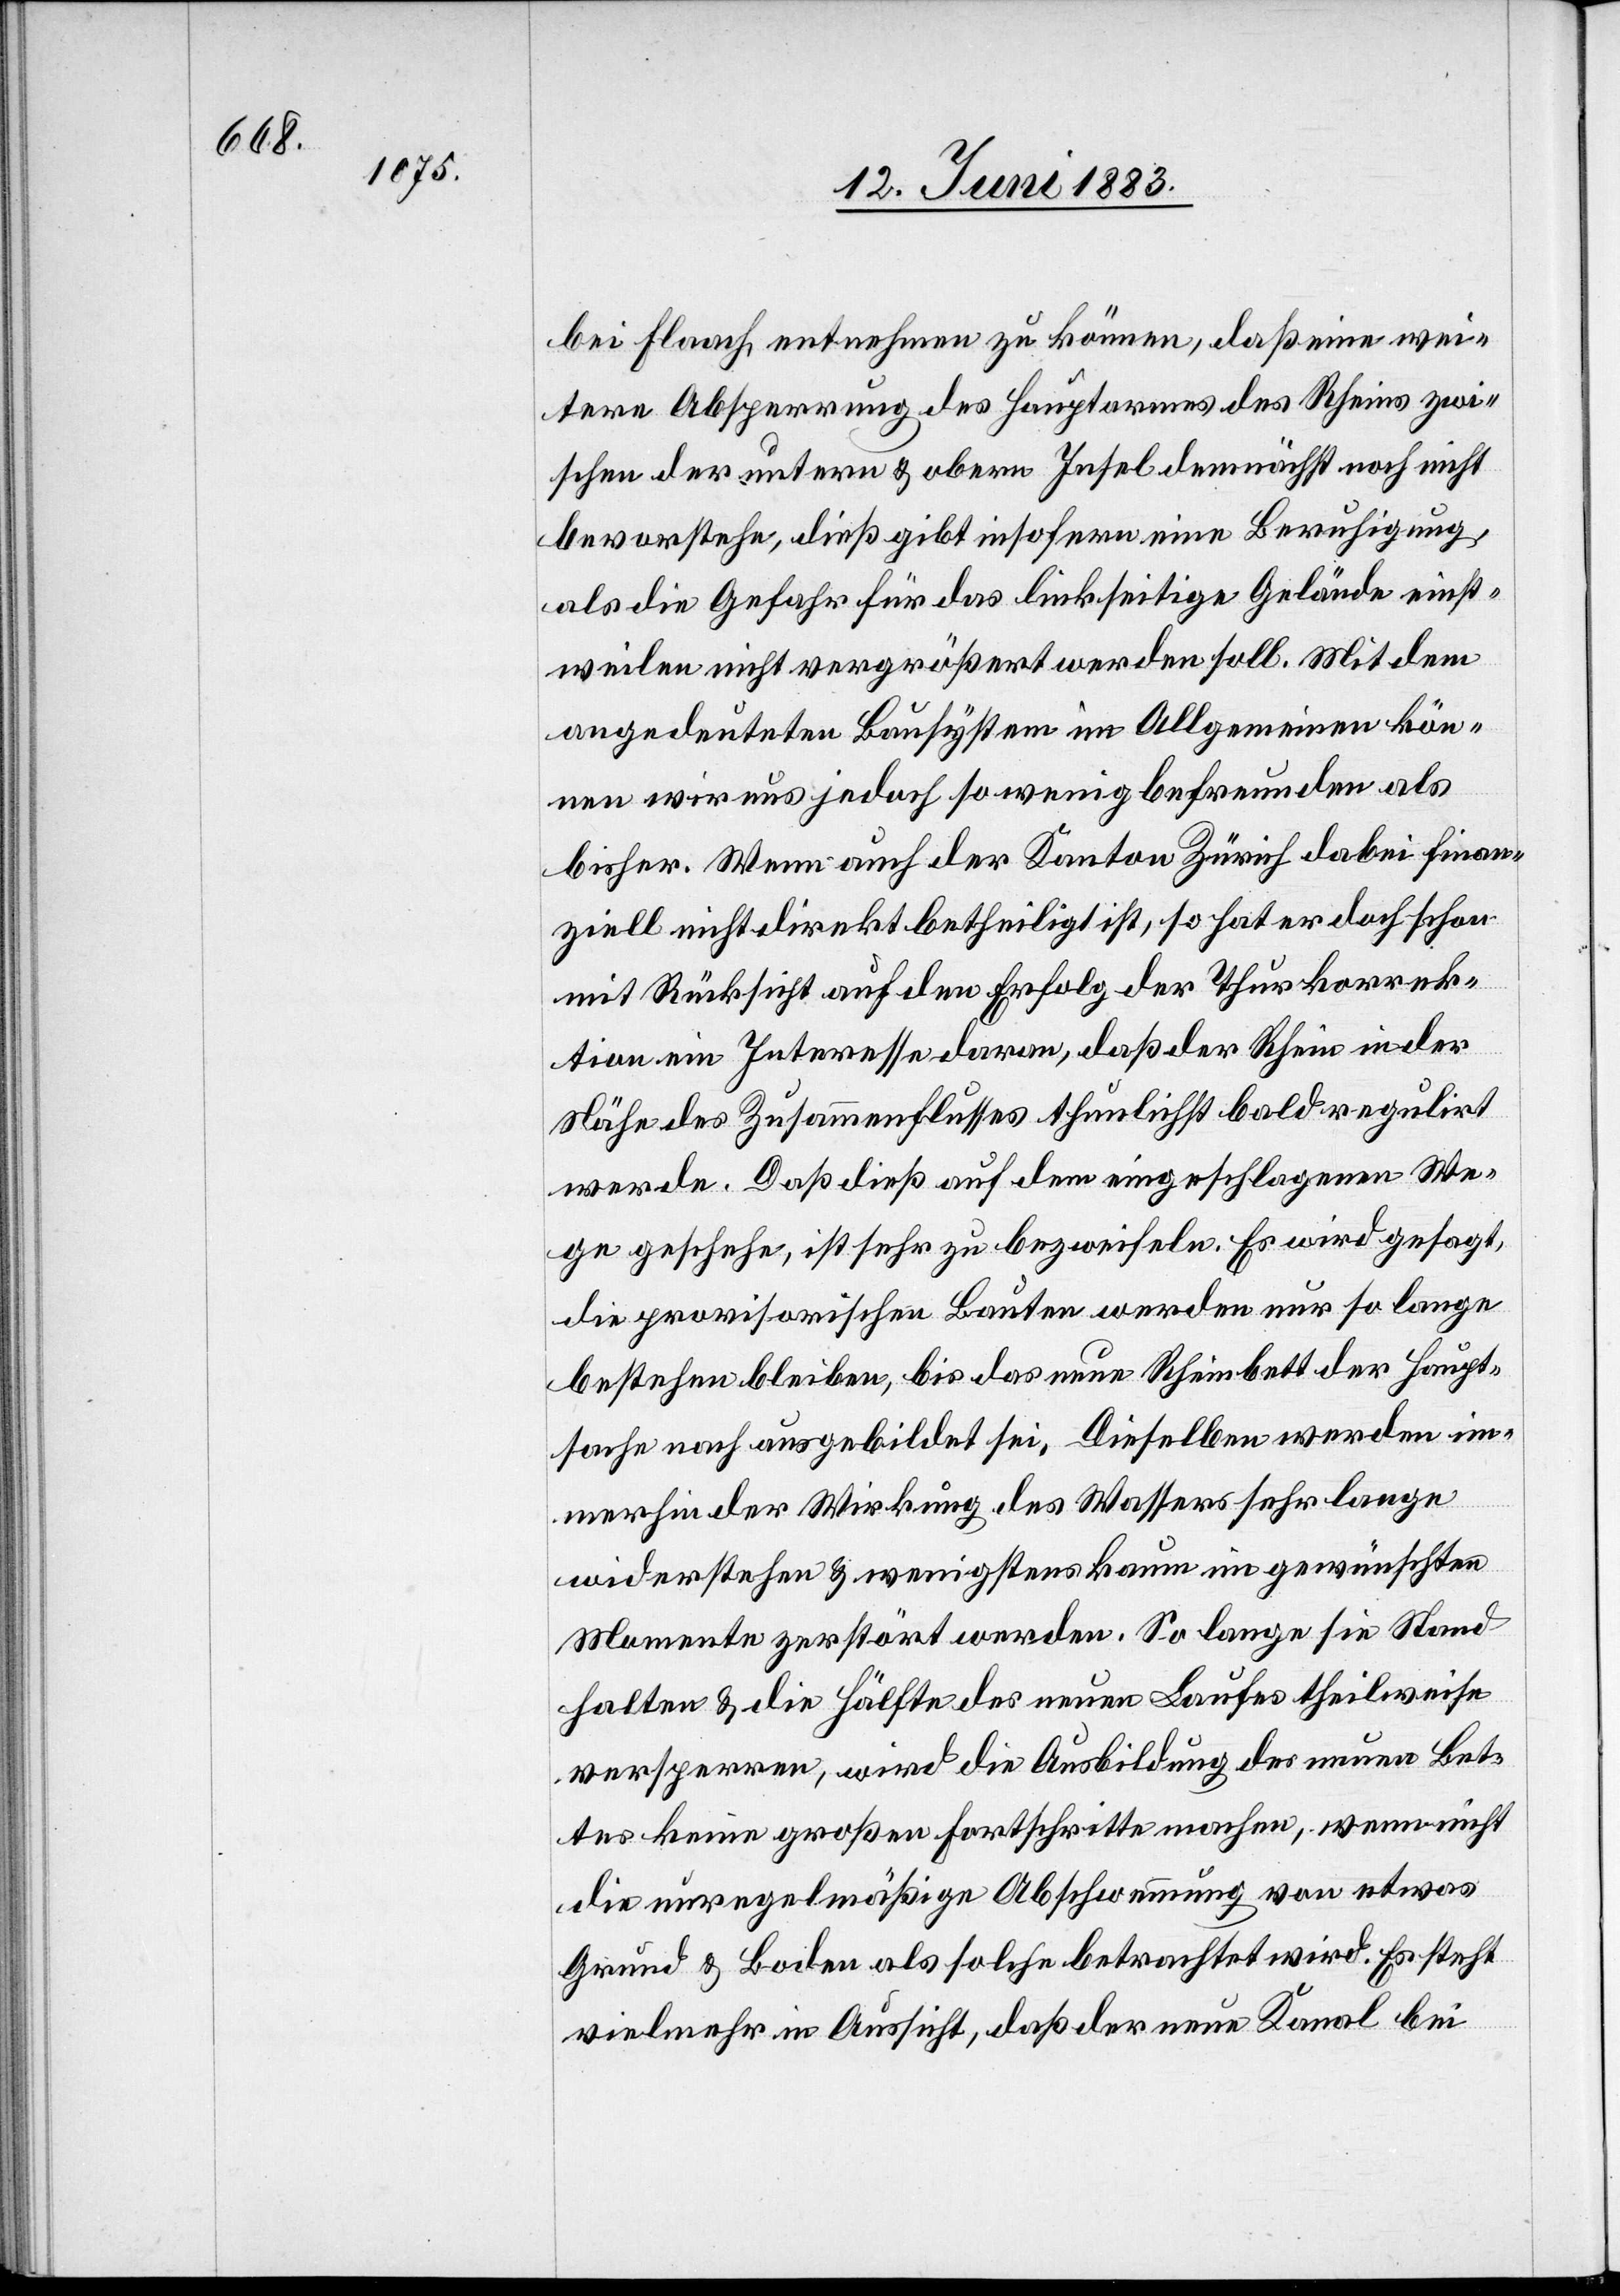
bei Flaach entnehmen zu können, daß eine wei¬
tere Absperrung des Hauptarmes des Rheins zwi¬
schen der untern & obern Insel demnächst noch nicht
bevorstehe, dieß gibt insofern eine Beruhigung,
als die Gefahr für das linkseitige Gebäude einst¬
weilen nicht vergrößert werden soll. Mit dem
ausgedeuteten Bausystem im Allgemeinen kön¬
nen wir uns jedoch so wenig befreunden als
bisher. Wenn auch der Kanton Zürich dabei finan¬
ziell nicht direkt betheiligt ist, so hat er doch schon
mit Rücksicht auf den Erfolg der Thurkorrek¬
tion ein Interesse daran, daß der Rhein in der
Nähe des Zusammenflusses thunlichst bald regulirt
werde. Daß dieß auf dem eingeschlagenen We¬
ge geschehe, ist sehr zu bezweifeln. Es wird gesagt,
die provisorischen Bauten werden nur so lange
bestehen bleiben, bis das neue Rheinbett der Haupt¬
sache nach ausgebildet sei. Dieselben werden im¬
merhin der Wirkung des Wassers sehr lange
widerstehen & wenigstens kaum im gewünschten
Momente zerstört werden. So lange sie Stand
halten & die Hälfte des neuen Laufes theilweise
versperren, wird die Ausbildung des neuen Bet¬
tes keine großen Fortschritte machen, wenn nicht
die unregelmäßige Abschwemmung von etwas
Grund & Boden als solche betrachtet wird. Es steht
vielmehr in Aussicht, daß der neue Kanal bei